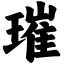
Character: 璀